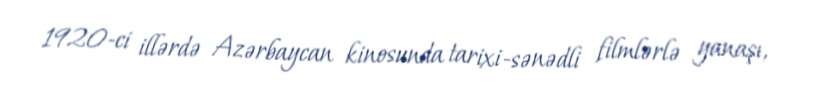
1920-ci illərdə Azərbaycan kinosunda tarixi-sənədli filmlərlə yanaşı,